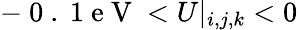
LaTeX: -\mathrm{~0~.~1~e~V~}<U|_{i,j,k}<0